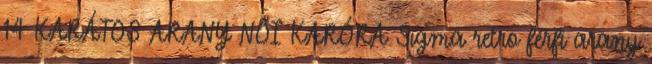
14 KARÁTOS ARANY NŐI KARÓRA Sigma retro férfi arany